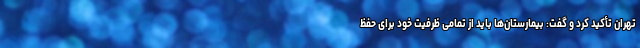
تهران تأکید کرد و گفت: بیمارستان‌ها باید از تمامی ظرفیت خود برای حفظ